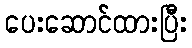
ပေးဆောင်ထားပြီး